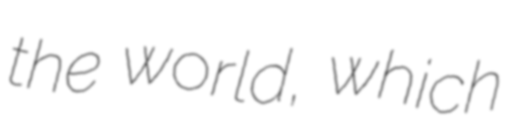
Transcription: the world, which